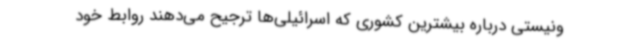
ونیستی درباره بیشترین کشوری که اسرائیلی‌ها ترجیح می‌دهند روابط خود